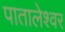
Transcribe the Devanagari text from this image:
पातालेश्‍वर